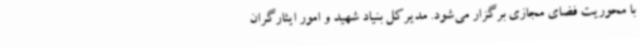
با محوریت فضای مجازی برگزار می‌شود. مدیرکل بنیاد شهید و امور ایثارگران